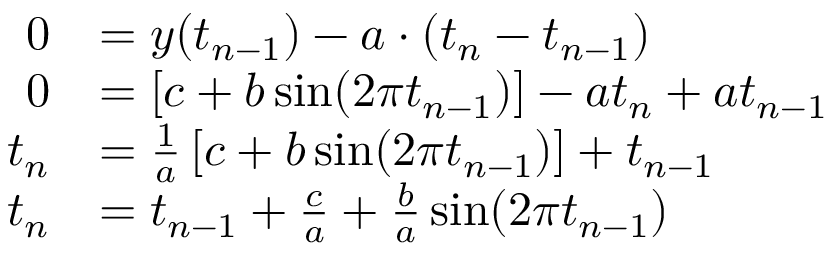
{ \begin{array} { r l } { 0 } & { = y ( t _ { n - 1 } ) - a \cdot ( t _ { n } - t _ { n - 1 } ) } \\ { 0 } & { = \left[ c + b \sin ( 2 \pi t _ { n - 1 } ) \right] - a t _ { n } + a t _ { n - 1 } } \\ { t _ { n } } & { = { \frac { 1 } { a } } \left[ c + b \sin ( 2 \pi t _ { n - 1 } ) \right] + t _ { n - 1 } } \\ { t _ { n } } & { = t _ { n - 1 } + { \frac { c } { a } } + { \frac { b } { a } } \sin ( 2 \pi t _ { n - 1 } ) } \end{array} }